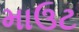
માઉટ